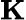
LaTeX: \textbf{K}